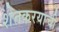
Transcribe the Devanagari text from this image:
शेतकरयाची